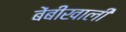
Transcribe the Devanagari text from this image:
बेंबीखाली